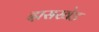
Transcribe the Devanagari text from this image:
दासखेड